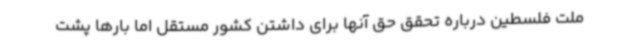
ملت فلسطین درباره تحقق حق آنها برای داشتن کشور مستقل اما بارها پشت